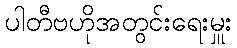
ပါတီဗဟိုအတွင်းရေးမှူး